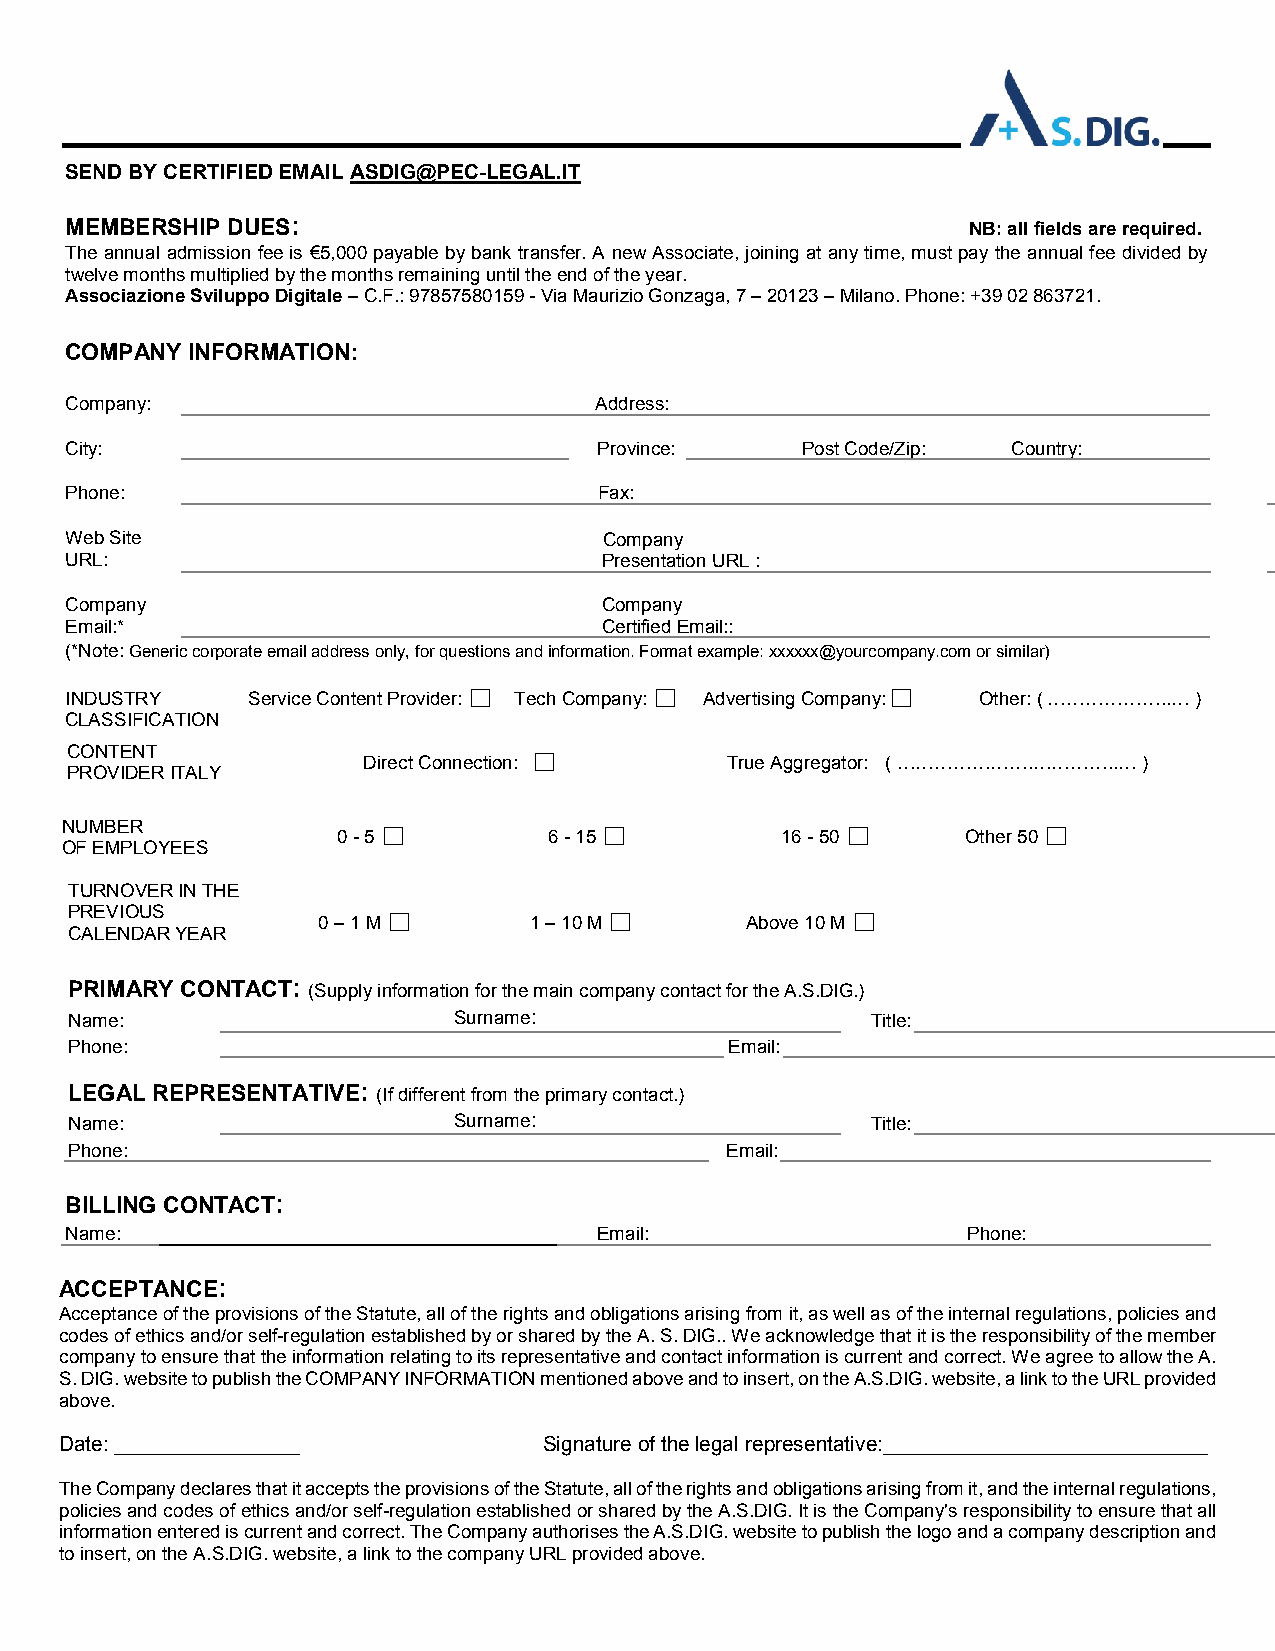
SEND BY CERTIFIED EMAIL ASDIG@PEC-LEGAL.IT
 MEMBERSHIP DUES:                                            NB: all fields are required.
 The annual admission fee is €5,000 payable by bank transfer. A new Associate, joining at any time, must pay the annual fee divided by
 twelve months multiplied by the months remaining until the end of the year.
 Associazione Sviluppo Digitale – C.F.: 97857580159 - Via Maurizio Gonzaga, 7 – 20123 – Milano. Phone: +39 02 863721.
 COMPANY INFORMATION:
 Company:                           Address:
 City:                               Province:    Post Code/Zip: Country:
 Phone:                              Fax:
 Web Site                            Company
 URL:                                Presentation URL :
 Company                             Company
 Email:*                             Certified Email::
 (*Note: Generic corporate email address only, for questions and information. Format example: xxxxxx@yourcompany.com or similar)
 INDUSTRY    Service Content Provider:
 ☐
 Tech Company:
 ☐
 Advertising Company:
 ☐
 Other: ( ………………..… )
 CLASSIFICATION
 CONTENT
 Direct Connection:
 ☐
 True Aggregator: ( ………………….…………..… )
 PROVIDER ITALY
 NUMBER
 0 - 5
 ☐
 6 - 15
 ☐
 16 - 50
 ☐
 Other 50
 ☐
 OF EMPLOYEES
 TURNOVER IN THE
 PREVIOUS
 0 – 1 M
 ☐
 1 – 10 M
 ☐
 Above 10 M
 ☐
 CALENDAR YEAR
 PRIMARY CONTACT: (Supply information for the main company contact for the A.S.DIG.)
 Name:                    Surname:                    Title:
 Phone:                                     Email:
 LEGAL REPRESENTATIVE: (If different from the primary contact.)
 Name:                    Surname:                    Title:
 Phone:                                     Email:
 BILLING CONTACT:
 Name:                               Email:                  Phone:
 ACCEPTANCE:
 Acceptance of the provisions of the Statute, all of the rights and obligations arising from it, as well as of the internal regulations, policies and
 codes of ethics and/or self-regulation established by or shared by the A. S. DIG.. We acknowledge that it is the responsibility of the member
 company to ensure that the information relating to its representative and contact information is current and correct. We agree to allow the A.
 S. DIG. website to publish the COMPANY INFORMATION mentioned above and to insert, on the A.S.DIG. website, a link to the URL provided
 above.
 Date: ________________          Signature of the legal representative:____________________________
 The Company declares that it accepts the provisions of the Statute, all of the rights and obligations arising from it, and the internal regulations,
 policies and codes of ethics and/or self-regulation established or shared by the A.S.DIG. It is the Company's responsibility to ensure that all
 information entered is current and correct. The Company authorises the A.S.DIG. website to publish the logo and a company description and
 to insert, on the A.S.DIG. website, a link to the company URL provided above.